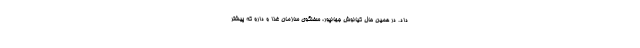
داد. در همین حال کیانوش جهانپور، سخنگوی سازمان غذا و دارو که پیشتر